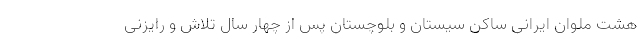
هشت ملوان ایرانی ساکن سیستان و بلوچستان پس از چهار سال تلاش و رایزنی